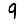
Digit: 9